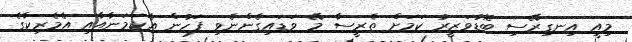
މިއީ އިނގިރޭސި ބޮޑުވަޒީރު ކަމަށް ތެރީސާ މޭ ވަޑައިގެންނެވި ފަހުން އެކަމަނާއާއި އެމެރިކާގެ